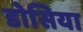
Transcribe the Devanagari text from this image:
डोसिया